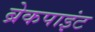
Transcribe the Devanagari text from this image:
ब्रेकपाइंट